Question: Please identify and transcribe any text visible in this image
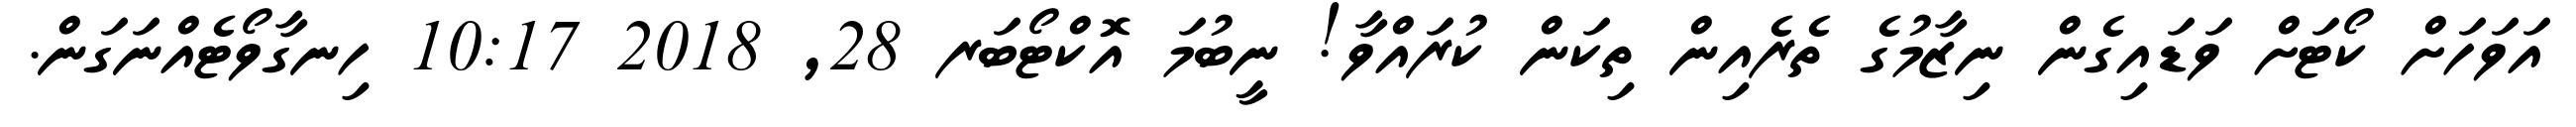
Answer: އަވަހަށް ކޯޓަށް ވަޑައިގެން ނިޒާމުގެ ތެރެއިން ތިކަން ކުރައްވާ! ނީބުމަ އޮކްޓޯބަރ 28, 2018 10:17 ހިނގާވޯޓެއްނަގަން.